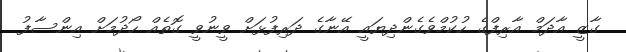
ގާޒީ އާދަމް އާރިފްގެ ހުކުމްވެގެންދިޔައީ އޭނާގެ ދަރިފުޅަށް ވީނުވީ ގޮތެއް ހޯދުމަށް އިންސާފު